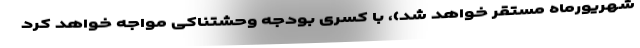
شهریورماه مستقر خواهد شد)، با کسری بودجه وحشتناکی مواجه خواهد کرد